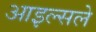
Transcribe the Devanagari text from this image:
आइल्सले